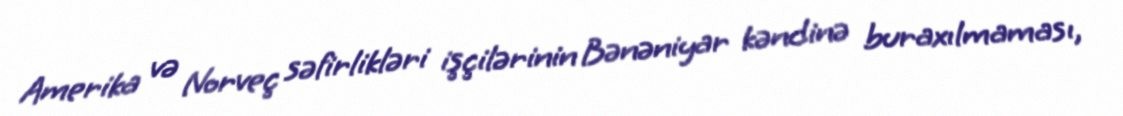
Amerika və Norveç səfirlikləri işçilərinin Bənəniyar kəndinə buraxılmaması,